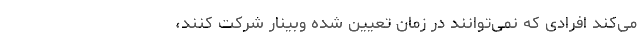
می‌کند افرادی که نمی‌توانند در زمان تعیین شده وبینار شرکت کنند،‌